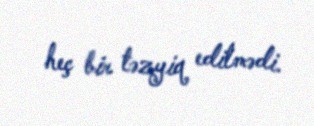
heç bir təzyiq edilmədi.